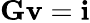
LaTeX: \mathbf{Gv}=\mathbf{i}